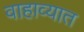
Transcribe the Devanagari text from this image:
वाहाव्यात